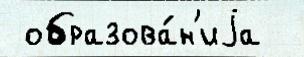
 образова́н'иjа